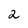
Character: 2